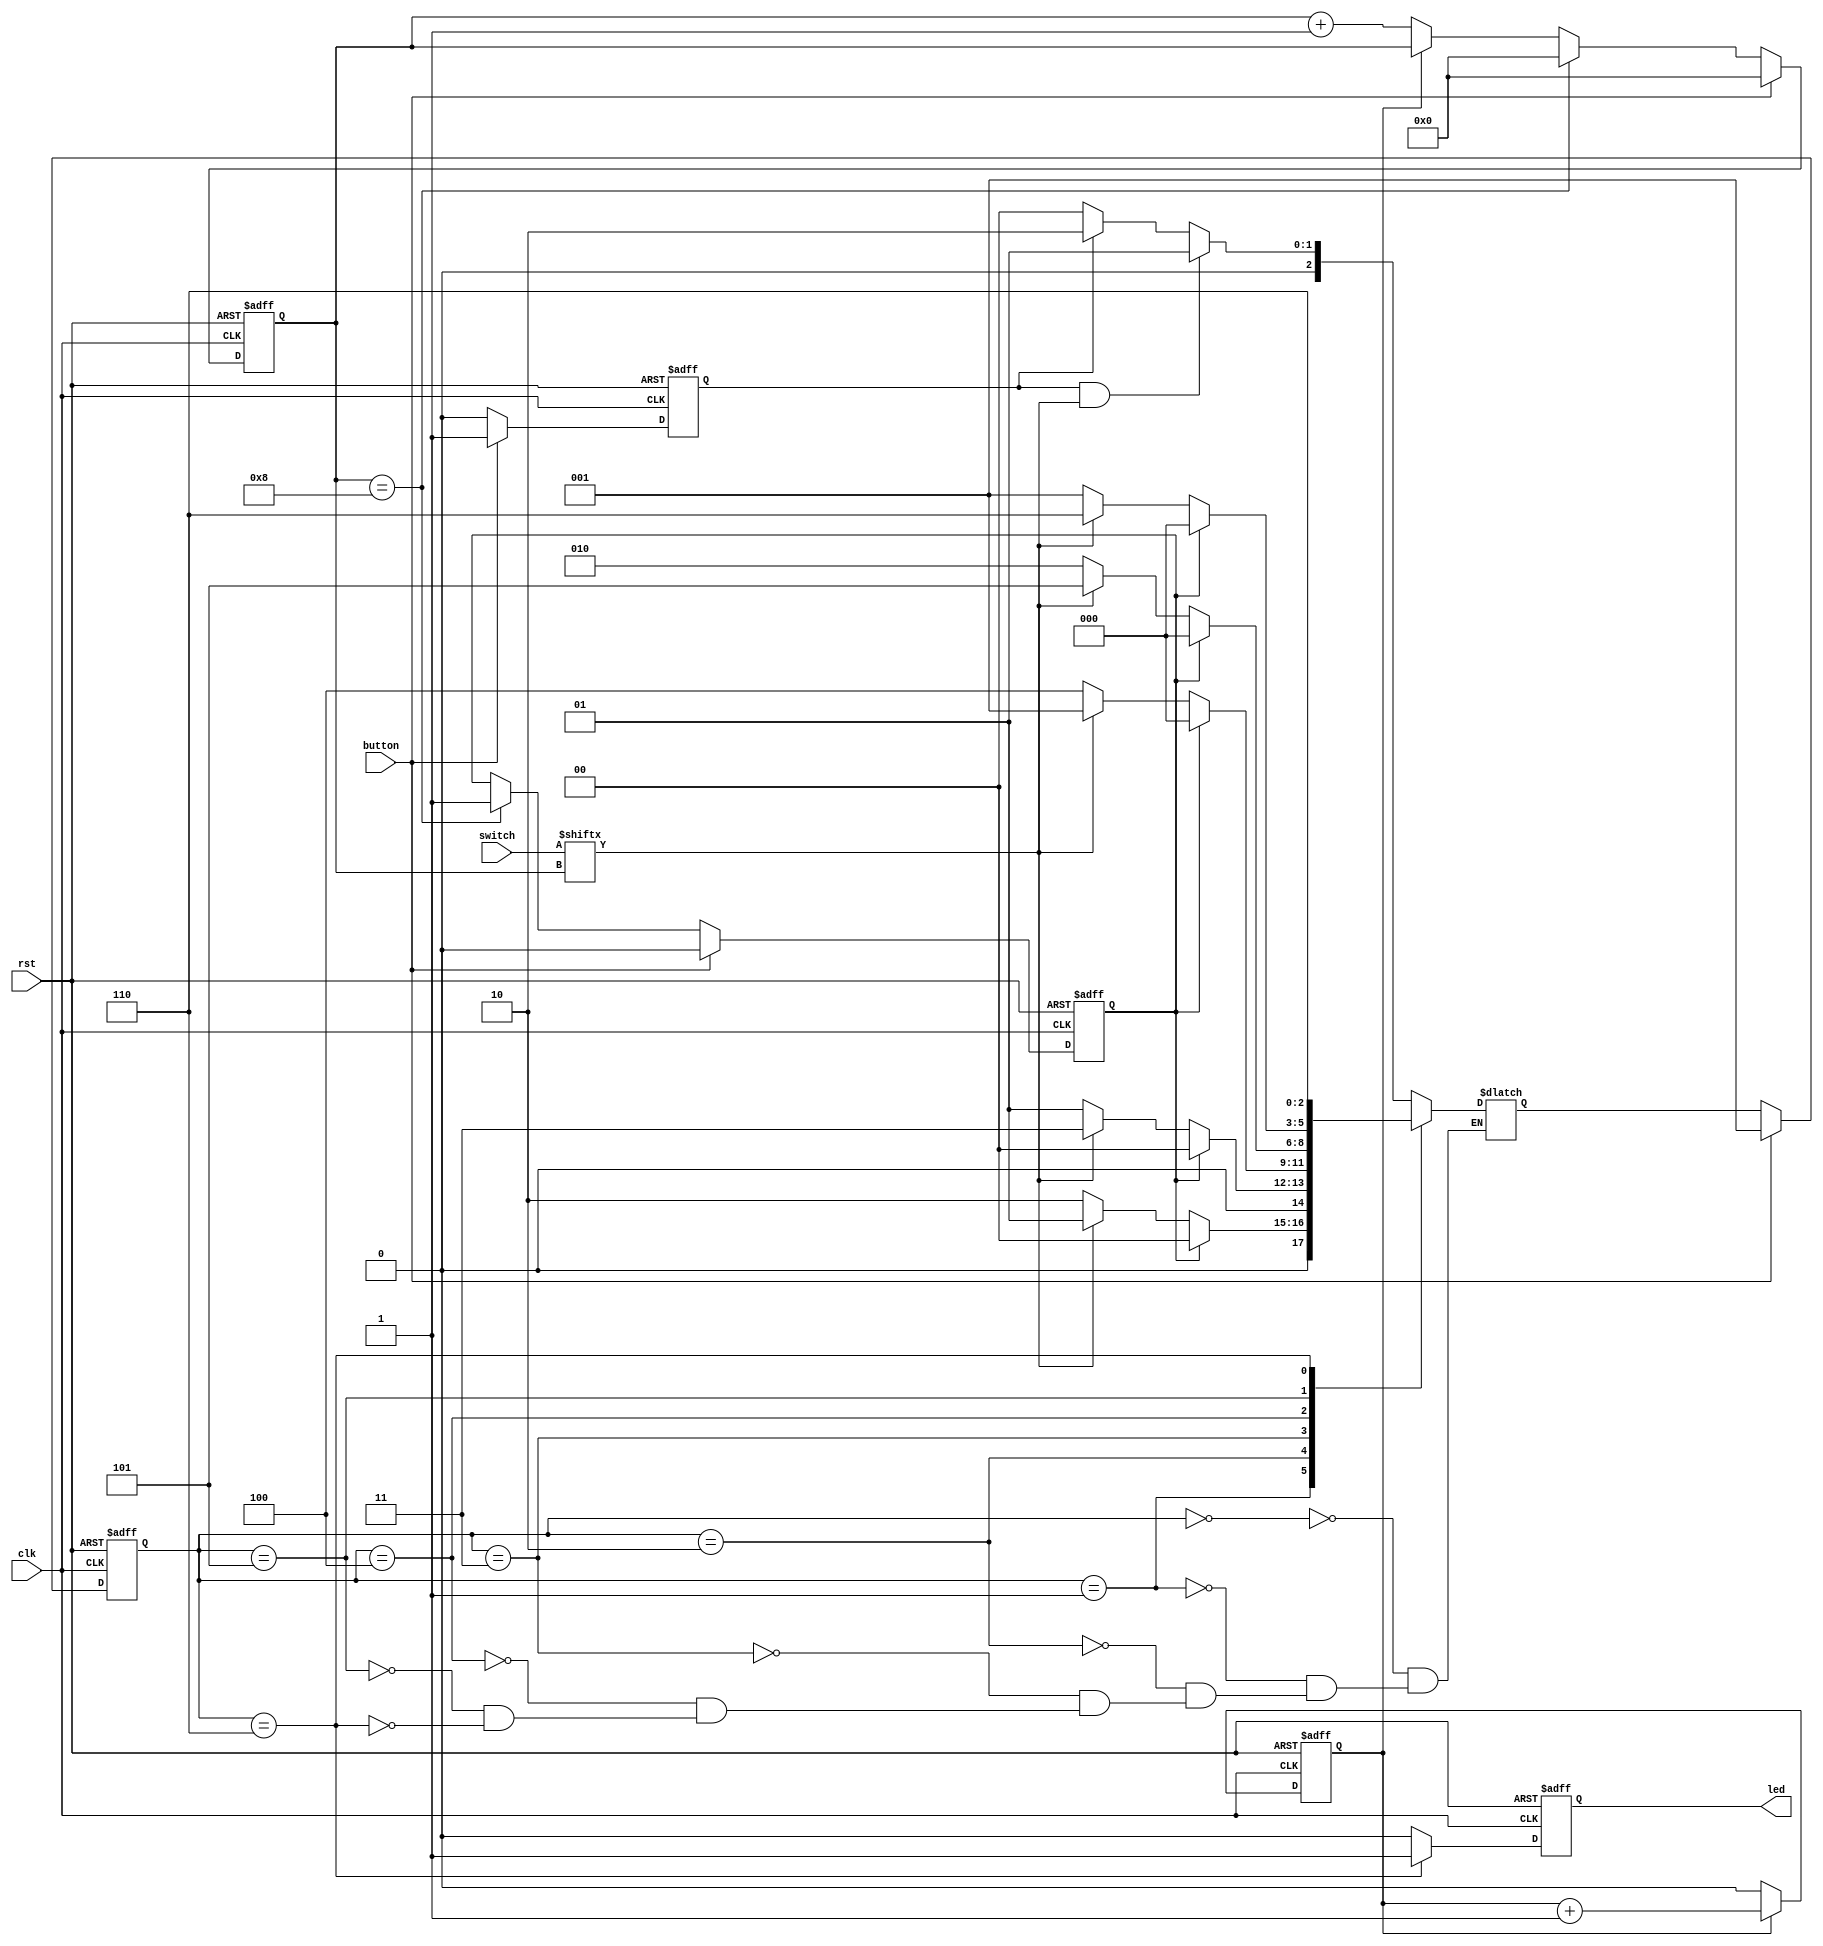
module sequence_detection(
    input wire clk,rst,button,
    input wire[7:0] switch,
    output reg led
    );

parameter IDLE = 3'b000;
parameter s0 = 3'b001;
parameter s1 = 3'b010;
parameter s2 = 3'b011;
parameter s3 = 3'b100;
parameter s4 = 3'b101;
parameter s5 = 3'b110;

reg[2:0] current_state;
reg[2:0] next_state;

reg endl;

reg cnt;
wire cnt_end=(cnt==1'd0);               
reg[3:0] number;

reg flag;

reg out;

always @(posedge clk or posedge rst)
begin
if(rst) flag<=1'b0;
else if(button) flag<=1'b1;
else flag<=1'b0;
end

always @(posedge clk or posedge rst)
begin
if(rst) endl<=1'b0;
else if(button) endl<=1'b0;
else if(number==4'd8) endl<=1'b1;
end

always @(posedge clk or posedge rst)
begin
if(rst) cnt<=1'b0;
else if(cnt_end) cnt<=1'b0;
else cnt<=cnt+1'b1;
end

always @(posedge clk or posedge rst)
begin
if(rst) number<=4'b0;
else if(button) number<=4'b0;
else if(number==4'd8) number <= 4'd0;
else if(cnt_end) number<=number+4'b1;
else number<=number;
end

always @(posedge clk or posedge rst)
begin
if(rst) current_state<=IDLE;
else if(button) current_state<=s0;
else current_state<=next_state;
end

always @(*)
begin
case(current_state)
    IDLE:if(flag&switch[number]) next_state=s0;
            else if(flag) next_state=s1;
            else next_state=IDLE;
    s0:if(endl) next_state=IDLE;
            else if(!switch[number]) next_state=s1;
            else next_state=s0;
    s1:if(endl) next_state=IDLE;
            else if(switch[number]) next_state=s2;
            else next_state=s0;
    s2:if(endl) next_state=IDLE;
            else if(switch[number]) next_state=s0;
            else next_state=s3;
    s3:if(endl) next_state=IDLE;
            else if(switch[number]) next_state=s4;
            else next_state=s1;
    s4:if(endl) next_state=IDLE;
            else if(switch[number]) next_state=s5;
            else next_state=s0;
    s5:next_state=s5;
endcase
end

always @(posedge clk or posedge rst)
begin
if(rst) led<=1'b0;
else if(current_state==s5) led<=1'b1;
else led<=1'b0;
end

endmodule